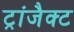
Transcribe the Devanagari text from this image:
ट्रांजैक्ट